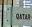
qatar